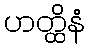
ဟတ္ထိနံ